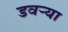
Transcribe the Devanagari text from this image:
डवऱ्या